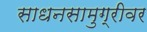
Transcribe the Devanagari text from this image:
साधनसामुग्रीवर